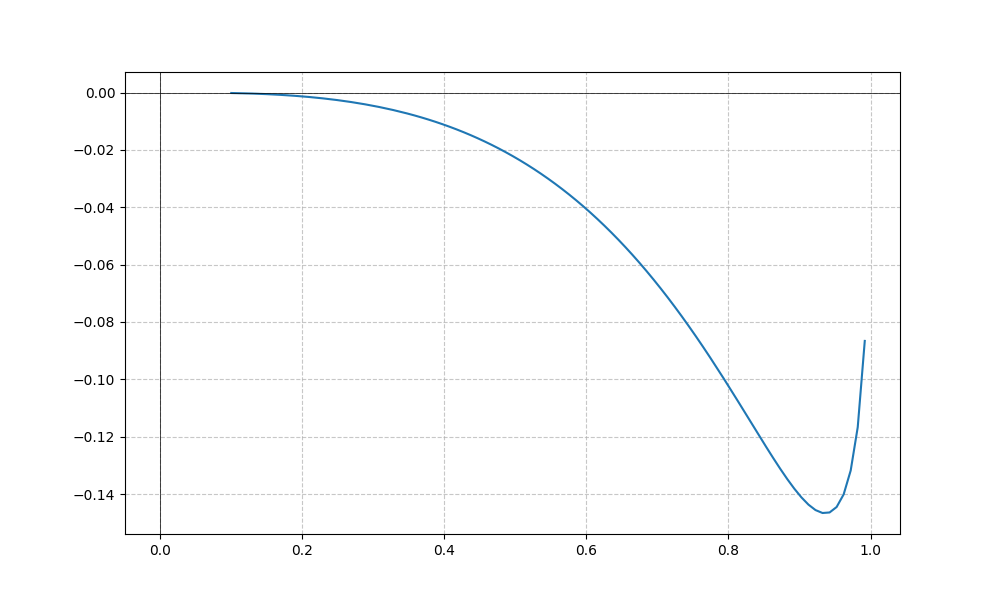
LaTeX formula: - \tan{\left(x \right)} + \operatorname{asin}{\left(x \right)}